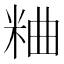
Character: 粬